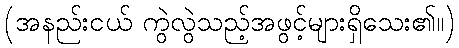
(အနည်းငယ် ကွဲလွဲသည့်အဖွင့်များရှိသေး၏။)